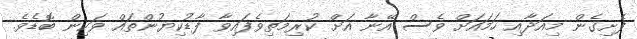
ފެށިގެން މިއަދާއި ހަމައަށް ވެސް އޭނާ އަށް ކުރިމަތިވެފައިވާ ފާޑުކިޔުންތައް ވަކިން ބޮޑެވެ.